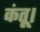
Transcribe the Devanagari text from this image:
कंतू।